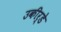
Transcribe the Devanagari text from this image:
उकीर्डे